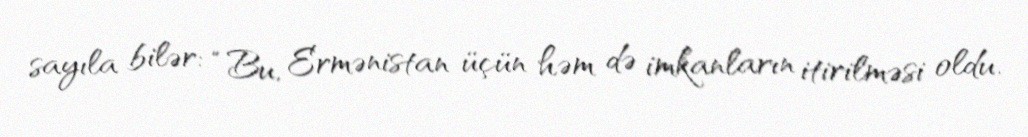
sayıla bilər: “Bu, Ermənistan üçün həm də imkanların itirilməsi oldu.